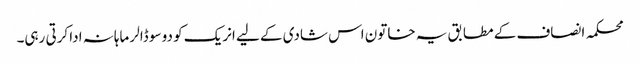
محکمہ انصاف کے مطابق یہ خاتون اس شادی کے لیے انریک کو دو سو ڈالر ماہانہ ادا کرتی رہی۔